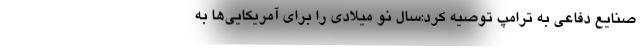
صنایع دفاعی به ترامپ توصیه کرد:سال نو میلادی را برای آمریکایی‌ها به